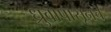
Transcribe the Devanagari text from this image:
ध्रुवापासूनचे